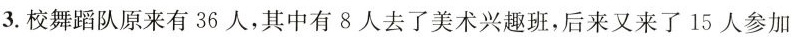
3. 校舞蹈队原来有36人，其中有8人去了美术兴趣班，后来又来了15人参加